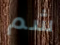
شم